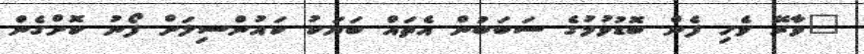
"ވާރޭ ވެހި ފެން ބޮޑުވުމުގެ ސަބަބުން އެތައް ބަޔަކު ކައުންސިލަށް ފޯނު ކޮށްގެން